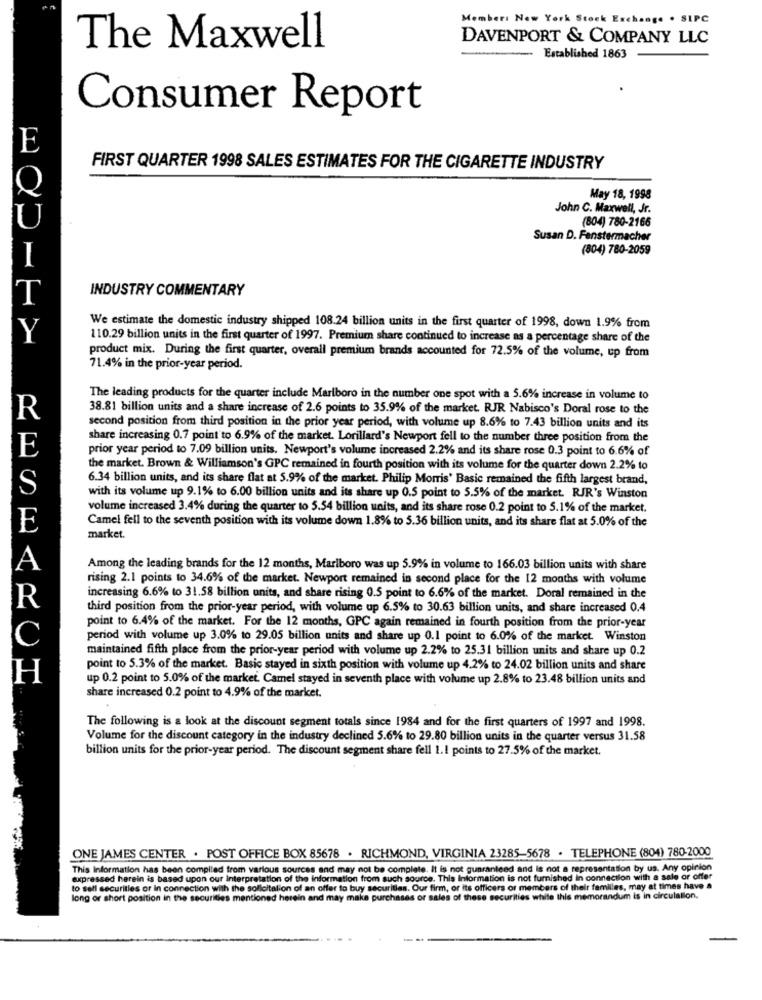
Members New York Stock Exchange . SIPC
DAVENPORT & COMPANY LLC
The Maxwell
-
Established 1863
Consumer Report
E
FIRST QUARTER 1998 SALES ESTIMATES FOR THE CIGARETTE INDUSTRY
Q
May 18, 1998
John C. Maxwell, Jr.
U
(804) 780-2166
Susan D. Fenstermacher
(804) 780-2059
INDUSTRY COMMENTARY
T
We estimate the domestic industry shipped 108.24 billion units in the first quarter of 1998, down 1.9% from
Y
110.29 billion units in the first quarter of 1997. Premium share continued to increase as a percentage share of the
product mix. During the first quarter, overall premium brands accounted for 72.5% of the volume, up from
71.4% in the prior-year period.
The leading products for the quarter include Marlboro in the number one spot with a 5.6% increase in volume to
38.81 billion units and a share increase of 2.6 points to 35.9% of the market. RJR Nabisco's Doral rose to the
R
second position from third position in the prior year period, with volume up 8.6% to 7.43 billion units and its
share increasing 0.7 point to 6.9% of the market. Lorillard's Newport fell to the number three position from the
E
prior year period to 7.09 billion units. Newport's volume increased 2.2% and its share rose 0.3 point to 6.6% of
the market. Brown & Williamson's GPC remained in fourth position with its volume for the quarter down 2.2% to
6.34 billion units, and its share flat at 5.9% of the market. Philip Morris' Basic remained the fifth largest brand,
S
with its volume up 9.1% to 6.00 billion units and its share up 0.5 point to 5.5% of the market. RJR's Winston
volume increased 3.4% during the quarter to 5.54 billion units, and its share rose 0.2 point to 5.1% of the market.
Camel fell to the seventh position with its volume down 1.8% to 5.36 billion units, and its share flat at 5.0% of the
E
market.
A
Among the leading brands for the 12 months, Marlboro was up 5.9% in volume to 166.03 billion units with share
rising 2.1 points to 34.6% of the market. Newport remained in second place for the 12 months with volume
increasing 6.6% to 31.58 billion units, and share rising 0.5 point to 6.6% of the market. Doral remained in the
R
third position from the prior-year period, with volume up 6.5% to 30.63 billion units, and share increased 0.4
point to 6.4% of the market. For the 12 months, GPC again remained in fourth position from the prior-year
C
period with volume up 3.0% to 29.05 billion units and share up 0.1 point to 6.0% of the market. Winston
maintained fifth place from the prior-year period with volume up 2.2% to 25.31 billion units and share up 0.2
point to 5.3% of the market. Basic stayed in sixth position with volume up 4.2% to 24.02 billion units and share
H
up 0.2 point to 5.0% of the market. Camel stayed in seventh place with volume up 2.8% to 23.48 billion units and
share increased 0.2 point to 4.9% of the market.
The following is a look at the discount segment totals since 1984 and for the first quarters of 1997 and 1998.
Volume for the discount category in the industry declined 5.6% to 29.80 billion units in the quarter versus 31.58
billion units for the prior-year period. The discount segment share fell 1.1 points to 27.5% of the market.
ONE JAMES CENTER . POST OFFICE BOX 85678 . RICHMOND, VIRGINIA 23285-5678 . TELEPHONE (804) 780-2000
This Information has been compiled from various sources and may not be complete. It is not guaranteed and is not a representation by us. Any opinion
expressed herein is based upon our interpretation of the information from such source. This Information is not furnished in connection with a sale or offer
to sell securities or in connection with the sollicitation of an offer to buy securities. Our firm, or its officers or members of their familles, may at times have a
long or short position in the securities mentioned herein and may make purchases or sales of these securities while this memorandum is in circulation.